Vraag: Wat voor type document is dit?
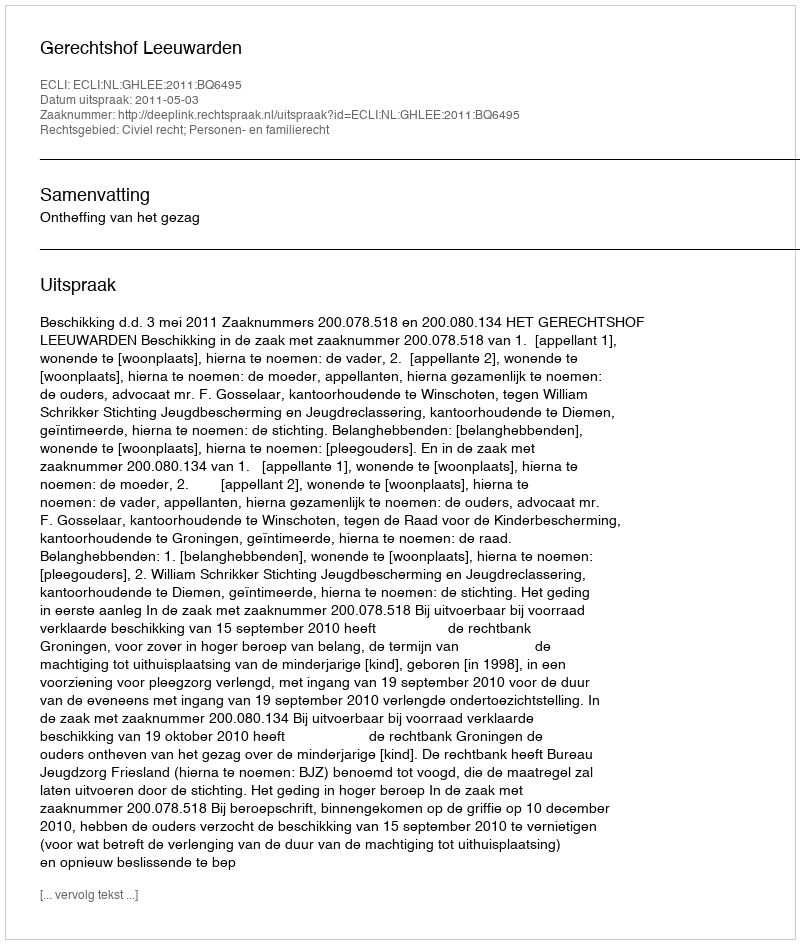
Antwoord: Uitspraak